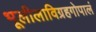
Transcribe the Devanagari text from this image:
भूलीलाविग्रहगोपालं